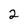
Character: 2